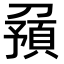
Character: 𠟹